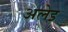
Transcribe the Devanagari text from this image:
अलेइ